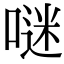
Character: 𠺗